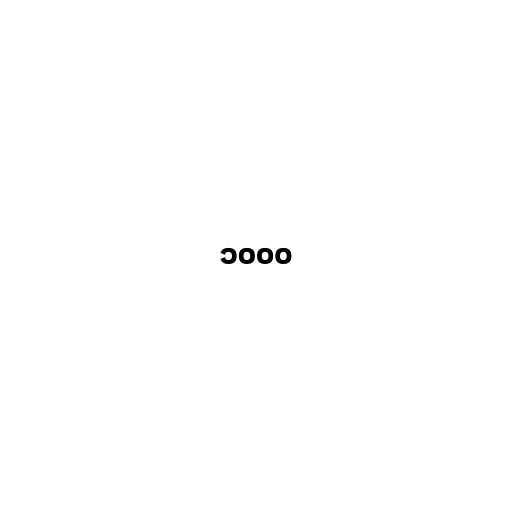
၁၀၀၀